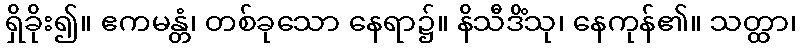
ရှိခိုး၍။ ဧကမန္တံ၊ တစ်ခုသော နေရာ၌။ နိသီဒိံသု၊ နေကုန်၏။ သတ္ထာ၊